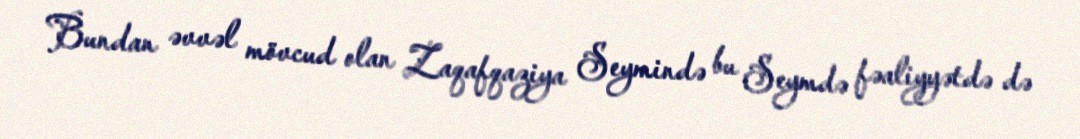
Bundan əvvəl mövcud olan Zaqafqaziya Seymində bu Seymdə fəaliyyətdə də